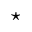
\star